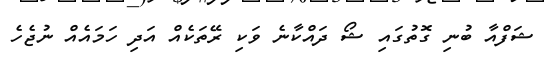
ޝަފްއާ ބުނި ގޮތުގައި ޝޯ ދައްކާނެ ވަކި ރޭތަކެއް އަދި ހަމައެއް ނުޖެހެ